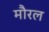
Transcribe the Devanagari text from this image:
मौरल